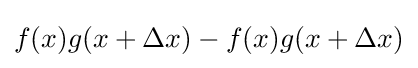
f(x)g(x+\Delta x)-f(x)g(x+\Delta x)